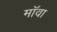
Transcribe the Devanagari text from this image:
मॉवा